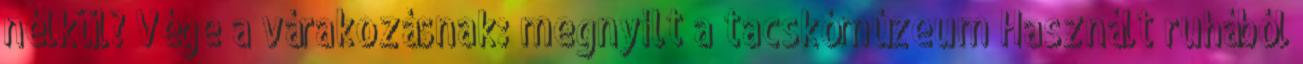
nélkül? Vége a várakozásnak: megnyílt a tacskómúzeum Használt ruhából